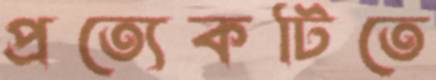
প্রত্যেকটিতে